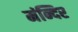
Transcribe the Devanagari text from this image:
मंन्दिर